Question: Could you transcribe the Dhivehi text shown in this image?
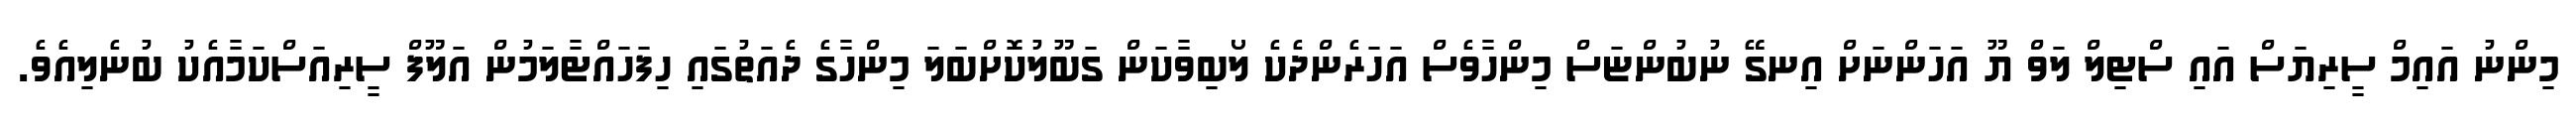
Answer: މިންނު އައިމް ސީރިޔަސް އައި ސްޓިލް ލަވް ޔޫ އަހަންނަށް އިނގޭ ނުބުންޏަސް މިންހާވެސް އަހަރެންދެކެ ލޯބިވާކަން ގަބޫލުކޮށްބަލަ މިންހާގެ ދެއަތުގައި ހިފަހައްޓާލަމުން އަލޫފް ސީރިއަސްކަމާއެކު ބުނެލިއެވެ.